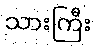
သားကြီး